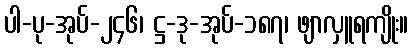
ပါ-ပု-အုပ်-၂၄၆၊ ဋ္ဌ-ဒု-အုပ်-၁၈၇၊ ဖျာလှူရကျိုး။